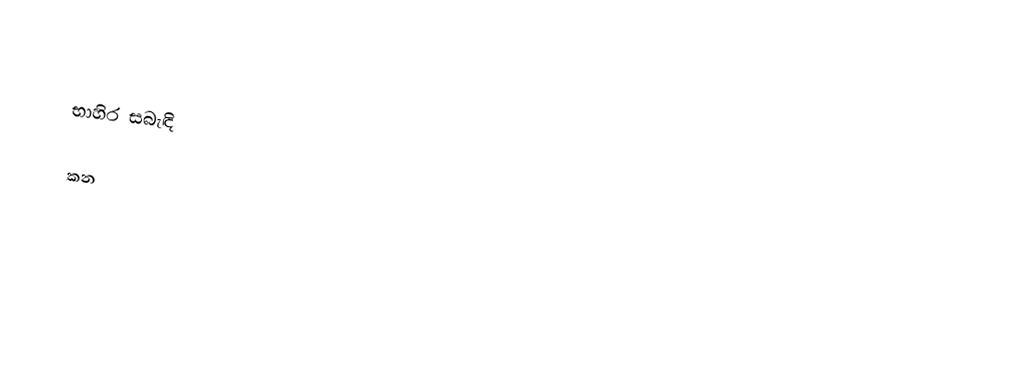

භාහිර සබැඳි

කන